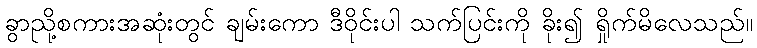
ခွာညို့စကားအဆုံးတွင် ချမ်းကော ဒီဝိုင်းပါ သက်ပြင်းကို ခိုး၍ ရှိုက်မိလေသည်။